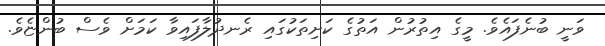
ވަނީ ބުނެފައެވެ. މީގެ އިތުރުން އަތުގެ ކަށިތަކުގައި ރެނދުލާފައިވާ ކަމަށް ވެސް ބުންޏެވެ.